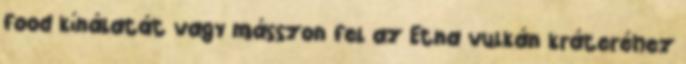
food kínálatát vagy másszon fel az Etna vulkán kráteréhez